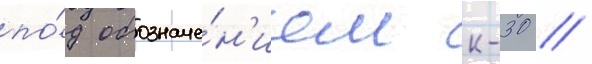
по́д обозначе́н'ием к-30 //